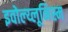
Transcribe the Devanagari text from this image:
इवोल्य्लूनिस्म